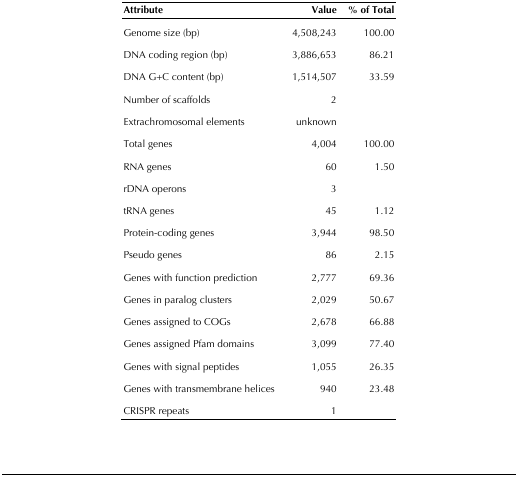
| Attribute | Value | % of Total |
 | --- | --- | --- |
 | Genome size (bp) | 4,508,243 | 100.00 |
 | DNA coding region (bp) | 3,886,653 | 86.21 |
 | DNA G+C content (bp) | 1,514,507 | 33.59 |
 | Number of scaffolds | 2 |  |
 | Extrachromosomal elements | unknown |  |
 | Total genes | 4,004 | 100.00 |
 | RNA genes | 60 | 1.50 |
 | rDNA operons | 3 |  |
 | tRNA genes | 45 | 1.12 |
 | Protein-coding genes | 3,944 | 98.50 |
 | Pseudo genes | 86 | 2.15 |
 | Genes with function prediction | 2,777 | 69.36 |
 | Genes in paralog clusters | 2,029 | 50.67 |
 | Genes assigned to COGs | 2,678 | 66.88 |
 | Genes assigned Pfam domains | 3,099 | 77.40 |
 | Genes with signal peptides | 1,055 | 26.35 |
 | Genes with transmembrane helices | 940 | 23.48 |
 | CRISPR repeats | 1 |  |